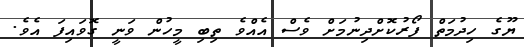
ޔޫގެ ހިދުމަތް ފޯރުކޮށްދިނުމަށް ވެސް އެއްވެ ތިބި މީހުން ވަނީ ގޮވައިފަ އެވެ.